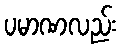
ပမာဏလည်း